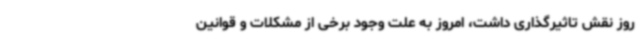
روز نقش تاثیرگذاری داشت، امروز به علت وجود برخی از مشکلات و قوانین